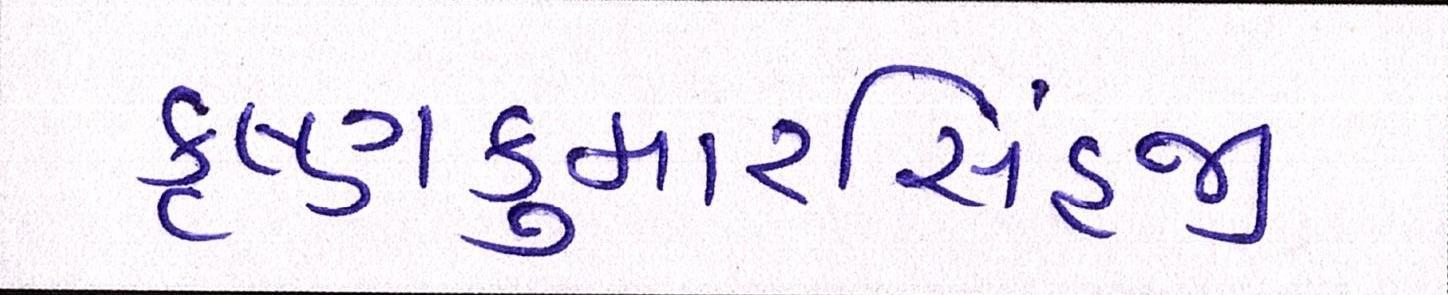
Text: કૃષ્ણકુમારસિંહજી